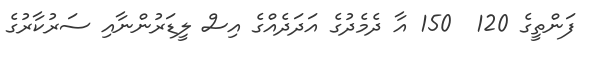
ފަންތީގެ 120  150 އާ ދެމެދުގެ އަދަދެއްގެ އިސް ލީޑަރުންނާއި ސަރުކާރުގެ